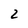
Character: 2